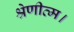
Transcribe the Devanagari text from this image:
श्रेणीव्म।